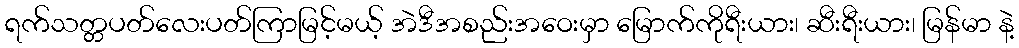
ရက်သတ္တပတ်လေးပတ်ကြာမြင့်မယ့် အဲဒီအစည်းအဝေးမှာ မြောက်ကိုရီးယား၊ ဆီးရီးယား၊ မြန်မာ နဲ့